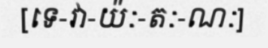
[ទេ-វា-យ៉ៈ-តៈ-ណៈ]